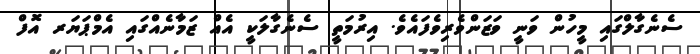
ސެނެގާލްގައި މީހުން ވަނީ ވަޒަންވެރިވެފައެވެ. އިރުމަތީ ސެނެގާލަކީ އެއް ޒަމާނެއްގައި އެމްޕަޔަރ އޮފް